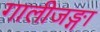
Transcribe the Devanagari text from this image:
गालीजङ्गा